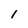
Character: 1